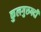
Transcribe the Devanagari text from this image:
कुलगुरुपदी